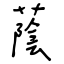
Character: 蔭